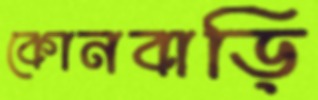
কোনবাড়ি